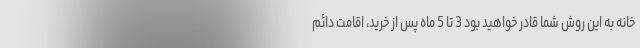
خانه به این روش شما قادر خواهید بود 3 تا 5 ماه پس از خرید، اقامت دائم